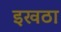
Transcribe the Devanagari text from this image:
इखठा